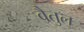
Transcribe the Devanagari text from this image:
वैतुल